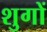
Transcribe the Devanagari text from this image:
शुगों